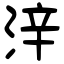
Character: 㳯